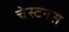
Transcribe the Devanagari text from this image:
चेस्टनस